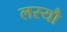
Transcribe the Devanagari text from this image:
लस्यौ